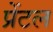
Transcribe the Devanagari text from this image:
प्रेंटल